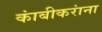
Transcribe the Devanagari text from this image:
कांबीकरांना